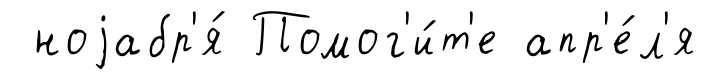
ноjабр'я́ Помог'и́т'е апр'е́л'я